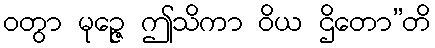
ဝတွာ မုဉ္ဇေ ဤသိကာ ဝိယ ဌိတော”တိ